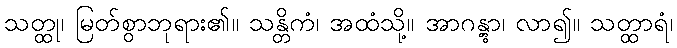
သတ္ထု၊ မြတ်စွာဘုရား၏။ သန္တိကံ၊ အထံသို့။ အာဂန္တွာ၊ လာ၍။ သတ္ထာရံ၊